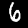
Digit: 6